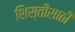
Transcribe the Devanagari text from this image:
शिस्तीसाठी